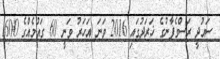
ސައުދީ ރަސްގެފާނުގެ ޚަރަދުގައި 2016 ވަނަ އަހަރު ވަނީ 60 ގައުމެއްގެ 1600